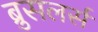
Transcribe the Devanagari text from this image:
ब्रुसलर्स